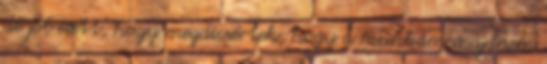
de jól esett, hogy megdicsértek, hogy a munkám majdnem